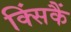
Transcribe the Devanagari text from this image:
क्सिंकैं